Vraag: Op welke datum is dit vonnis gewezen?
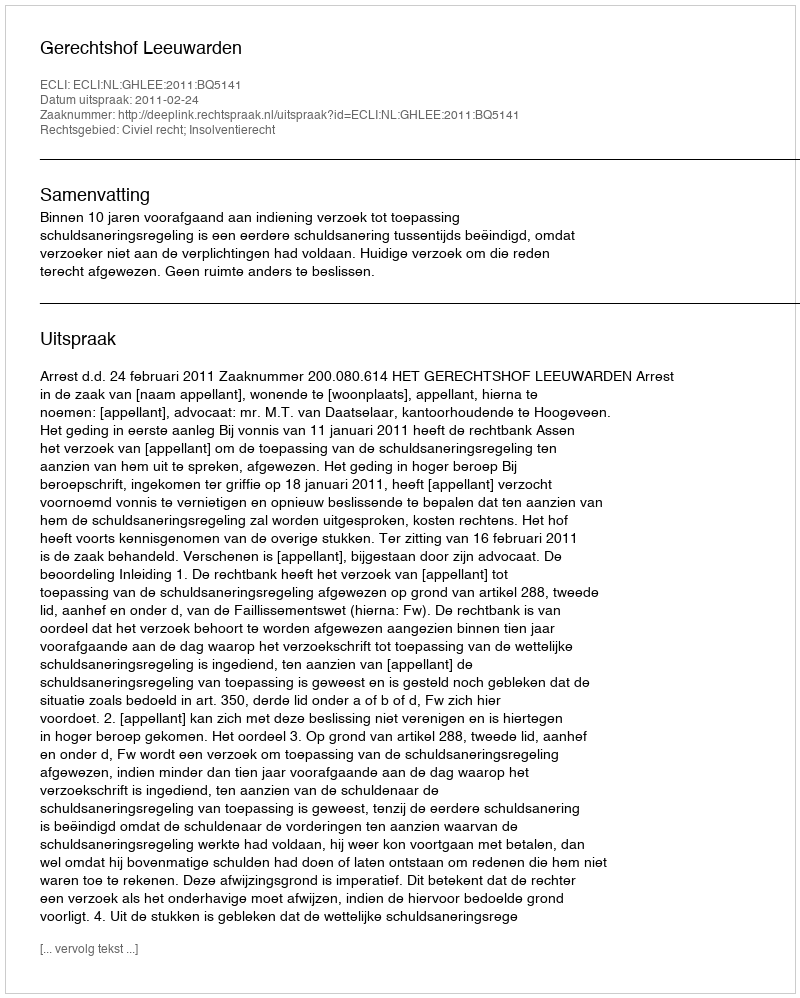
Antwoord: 2011-02-24